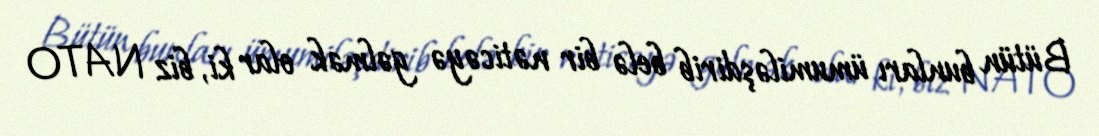
Bütün bunları ümumiləşdirib belə bir nəticəyə gəlmək olar ki, biz NATO